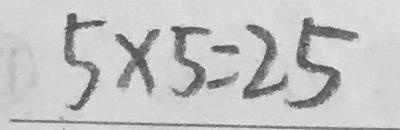
5 \times 5 = 2 5